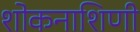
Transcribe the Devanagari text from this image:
शोकनाशिणी